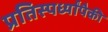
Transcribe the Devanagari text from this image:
प्रतिस्पर्ध्यांपैकी